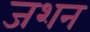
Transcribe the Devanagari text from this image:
जशन